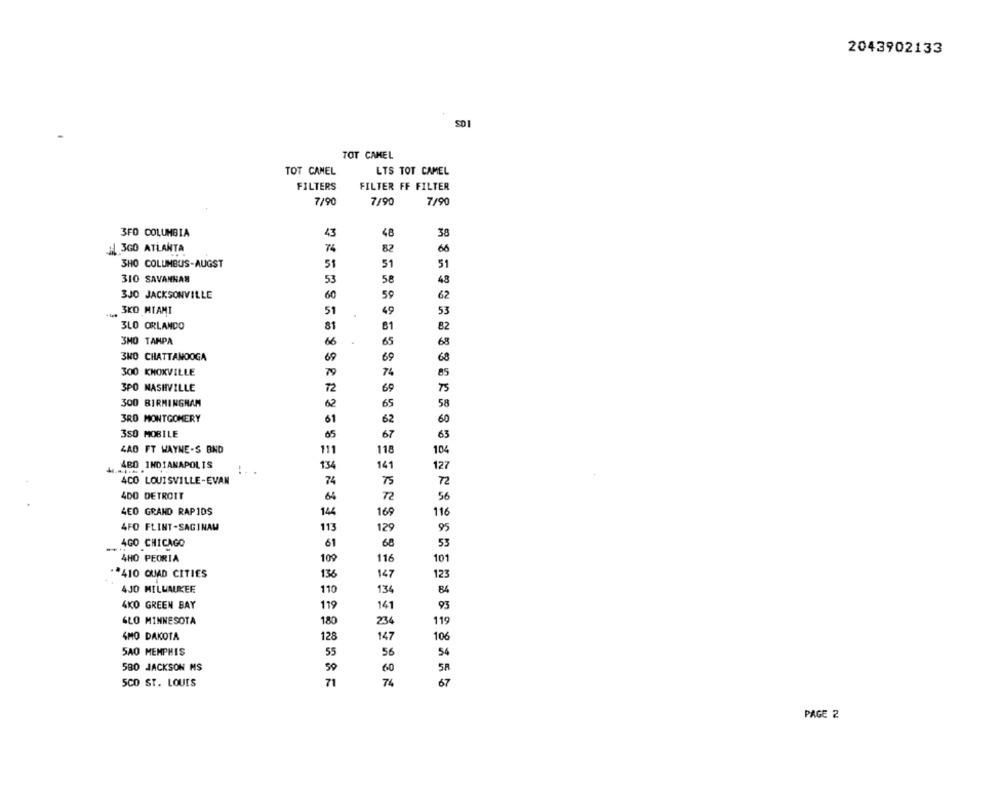
2043902133
SDI
TOT CAMEL
TOT CANEL
LTS TOT CAMEL
FILTERS
FILTER FF FILTER
7/90
7/90
7/90
3FO COLUMBIA
13
48
38
1 3GO ATLANTA
76
82
66
3HO COLUMBUS-AUGST
51
51
51
310 SAVANNAM
53
58
48
3JO JACKSONVILLE
60
59
62
3KO MIAMI
51
4
49
53
3LO ORLANDO
81
81
82
3MO TAMPA
65
66
68
3NO CHATTANOOGA
69
69
68
300 KNOXVILLE
74
79
85
3PO NASHVILLE
69
72
75
300 BIRMINGHAM
62
65
58
3RO MONTGOMERY
61
62
60
350 MOBILE
65
67
63
4AD FT WAYNE-S BND
111
118
104
ABD INDIANAPOLIS
134
141
127
4CO LOUISVILLE-EVAN
74
72
4DO DETROIT
64
56
4EO GRAND RAPIDS
144
169
116
4FO FLINT-SAGINAW
113
129
95
4GO CHICAGO
61
68
53
4HO PEORIA
109
116
101
** 410 QUAD CITIES
136
147
123
4JO MILWAUKEE
110
134
84
4KO GREEN BAY
119
141
93
GLO MINNESOTA
180
234
119
4MO DAKOTA
128
147
106
5A0 MEMPHIS
55
56
54
580 JACKSON MS
59
60
58
5CO ST. LOUIS
71
74
67
PAGE 2